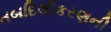
તબદિલીકરણની